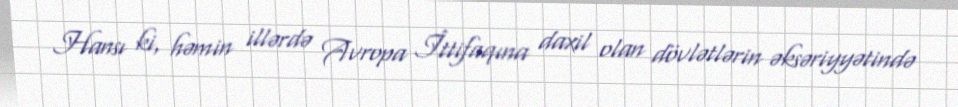
Hansı ki, həmin illərdə Avropa İttifaqına daxil olan dövlətlərin əksəriyyətində